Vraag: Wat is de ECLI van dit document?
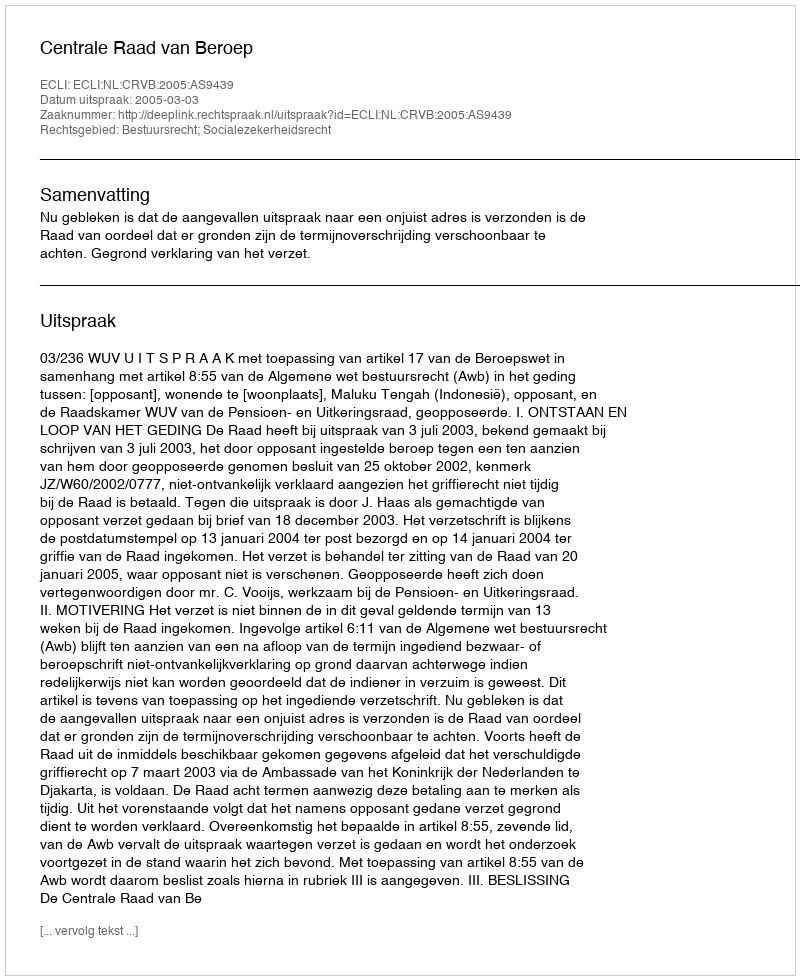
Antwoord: ECLI:NL:CRVB:2005:AS9439